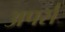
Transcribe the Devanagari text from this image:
अपर्स